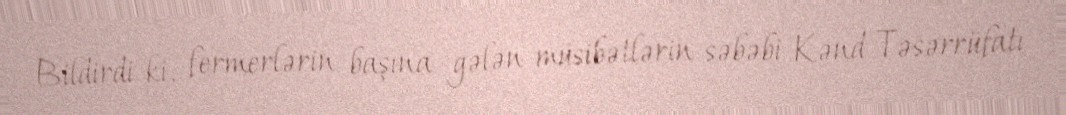
Bildirdi ki, fermerlərin başına gələn müsibətlərin səbəbi Kənd Təsərrüfatı